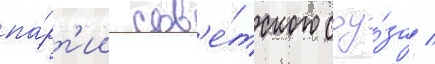
па́рт'ии сов'е́тского соу́за /